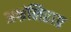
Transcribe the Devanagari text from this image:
अभ्रंलिहाग्र